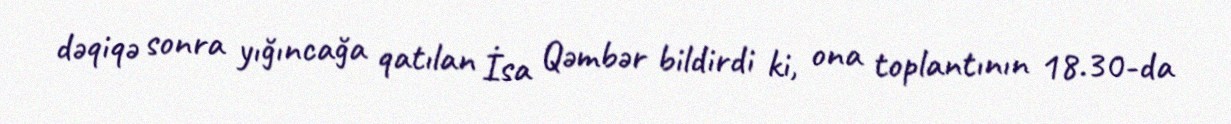
dəqiqə sonra yığıncağa qatılan İsa Qəmbər bildirdi ki, ona toplantının 18.30-da